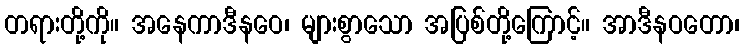
တရားတို့ကို။ အနေကာဒီနဝေ၊ များစွာသော အပြစ်တို့ကြောင့်။ အာဒီနဝတော၊